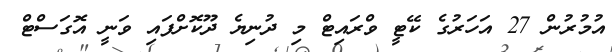
އުމުރުން 27 އަހަރުގެ ކޭޓީ ވްރައިޓް މި ދުނިޔެ ދޫކޮށްފައި ވަނީ އޮގަސްޓް